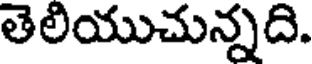
తెలియుచున్నది.